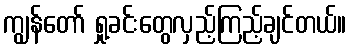
ကျွန်တော် ရှု့ခင်းတွေလှည့်ကြည့်ချင်တယ်။